Insane asylums in Bengal annual reports 1876-1887 - 1876-1887
Year: 1876
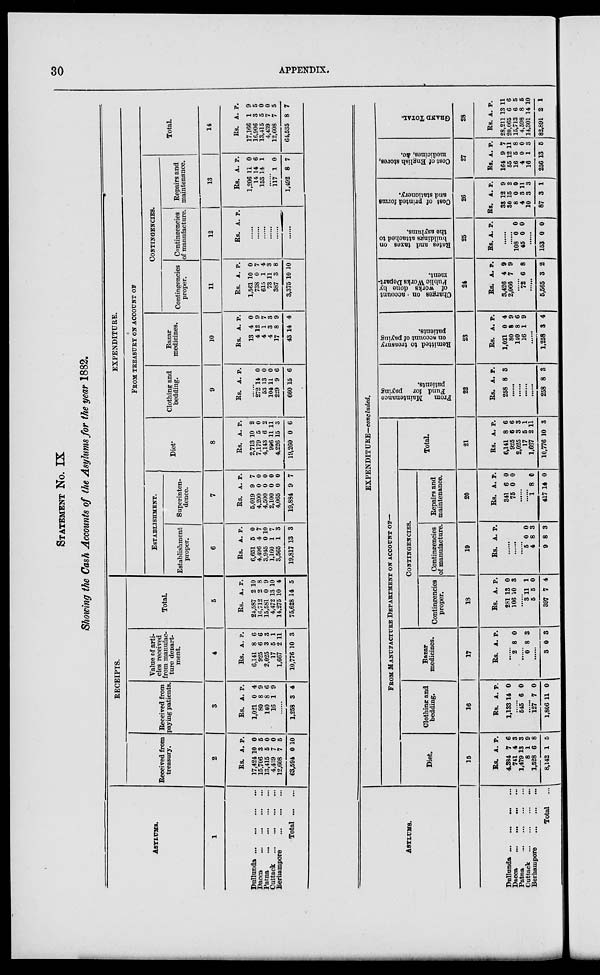
30
APPENDIX.
STATEMENT No. IX
Showing the Cash Accounts of the Asylums for the year 1882.
ASYLUMS.
1
Dullunda
...
...
...
...
Dacca
...
...
...
...
Patna
...
...
...
...
Cuttack
...
...
...
...
Berhampore
...
...
...
Total
...
...
RECEIPTS.
Received from
treasury.
2
Rs.
17,424
15,706
13,415
4,439
12,608
63,594
A.
10
3
5
7
7
0
P.
0
5
0
0
5
10
Received from
paying patients.
3
Rs.
1,021
80
140
16
A.
0
8
8
1
P.
4
9
6
9
......
1,258 3 4
Value of arti-
cles received
from manufac-
ture depart-
ment.
4
Rs.
6,141
925
2,025
17
1,667
10,776
A.
8
6
3
5
2
10
P.
6
6
3
1
11
3
Total.
5
Rs.
24,587
16,712
15,581
4,472
14,275
75,628
A.
2
2
0
13
10
14
P.
10
8
9
10
4
5
EXPENDITURE.
FROM TREASURY ON ACCOUNT OF
ESTABLISHMENT.
Establishment
proper.
6
Rs.
6,651
4,496
3,945
1,160
3,565
19,817
A.
5
4
0
1
1
13
P.
0
7
10
7
3
3
Superinten-
dence.
7
Rs.
5,019
4,200
4,500
2,100
4,065
19,884
A.
9
0
0
0
0
9
P.
7
0
0
0
0
7
Diet.
8
Rs.
2,713
7,179
4,143
996
4,226
19,260
A.
10
5
6
11
15
0
P.
2
0
2
11
3
6
Clothing and
bedding.
9
Rs. A. P.
......
272
53
104
229
660
14
13
11
9
15
0
0
0
6
6
Bazar
medicines.
10
Rs.
13
4
4
4
17
43
A.
4
12
1
3
8
14
P.
0
9
7
3
9
4
CONTINGENCIES.
Contingencies
proper.
11
Rs.
1,561
738
615
73
387
3,375
A.
10
0
1
11
3
10
P.
0
7
4
3
8
10
Contingencies
of manufacture.
12
Rs. A. P.
......
......
......
......
......
......
Repairs and
maintenance.
13
Rs.
1,206
14
153
A.
11
14
14
P.
0
6
1
......
117
1,492
1
8
0
7
Total.
14
Rs.
17,166
16,906
13,415
4,439
12,608
64,535
A.
1
3
5
7
7
8
P.
9
5
0
0
5
7
ASYLUMS.
Dullunda
...
...
...
...
Dacca
...
...
...
...
Patna
...
...
...
...
Cuttack
...
...
...
...
Berhampore
...
...
...
Total
...
EXPENDITURE—concluded.
FROM MANUFACTURE DEPARTMENT ON ACCOUNT OF—
Diet.
15
Rs.
4,384
741
1,479
8
1,528
8,142
A.
7
4
13
1
6
1
P.
6
3
3
9
8
5
Clothing and
bedding.
16
Rs.
1,133
A.
14
P.
0
......
545 6 0
......
127
1,806
7
11
0
0
Bazar
medicines.
17
Rs. A. P.
......
2 8 0
......
0 8 3
......
3 0 3
CONTINGENCIES.
Contingencies
proper.
18
Rs.
281
106
A.
13
10
P.
0
3
......
3
5
397
11
5
7
1
0
4
Contingencies
of manufacture.
19
Rs. A. P.
......
......
......
5
4
9
0
8
8
0
3
3
Repairs and
maintenance.
20
Rs.
341
75
A.
6
0
P.
0
0
......
......
1
417
8
14
0
0
Total.
21
Rs.
6,141
925
2,025
17
1,667
10,776
A.
8
6
3
5
2
10
P.
6
6
3
1
11
3
From
Maintenance
Fund for paying
patients.
22
Rs.
258
A.
8
P.
3
......
......
......
......
258 8 3
Remitted to treasury
on account of paying
patients.
23
Rs.
1,021
80
140
16
A.
0
8
8
1
P.
4
9
6
9
......
1,258 3 4
Charges on account
of works done by
Public Works Depart-
ment.
24
Rs.
3,426
2,066
A.
4
7
P.
9
9
......
72 6 8
......
5,565 3 2
Rates and taxes on
buildings attached to
the asylums.
25
Rs. A. P.
......
......
108
45
0
0 0
0
......
153 0 0
Cost of printed forms
and stationery.
26
Rs.
33
30 8
4
10
87
A.
12
15
0
3
3
3
P.
9
2
0
11
3
1
Cost of English stores,
medicines, &c.
27
Rs.
164
55
16
4
16
256
A.
9
12
5
0
1
13
P.
7
11
8
0
3
5
GRAND TOTAL.
28
Rs.
28,211
20,065
15,713
4,598
14,301
82,891
A.
13
6
6
8
14
2
P.
11
6
5
5
10
1